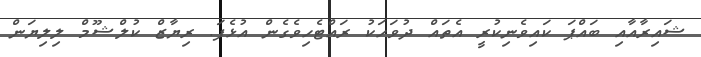
ޝައިރާއާއި ބައްޕަ ކައިވެނިކުރީ އެތައް ދުވަހަކު ރައްޓެހިވެގެން އުޅެފަ. ރިޔާޒް ކުލްޝޫމް ލިލިޔަން